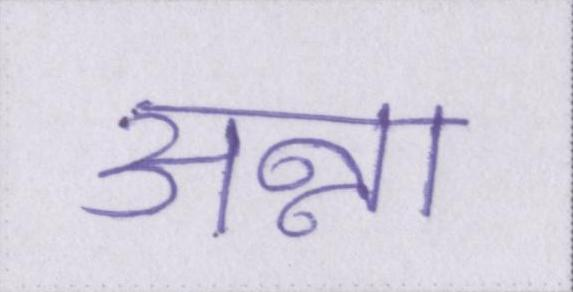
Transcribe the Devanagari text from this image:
अन्ना